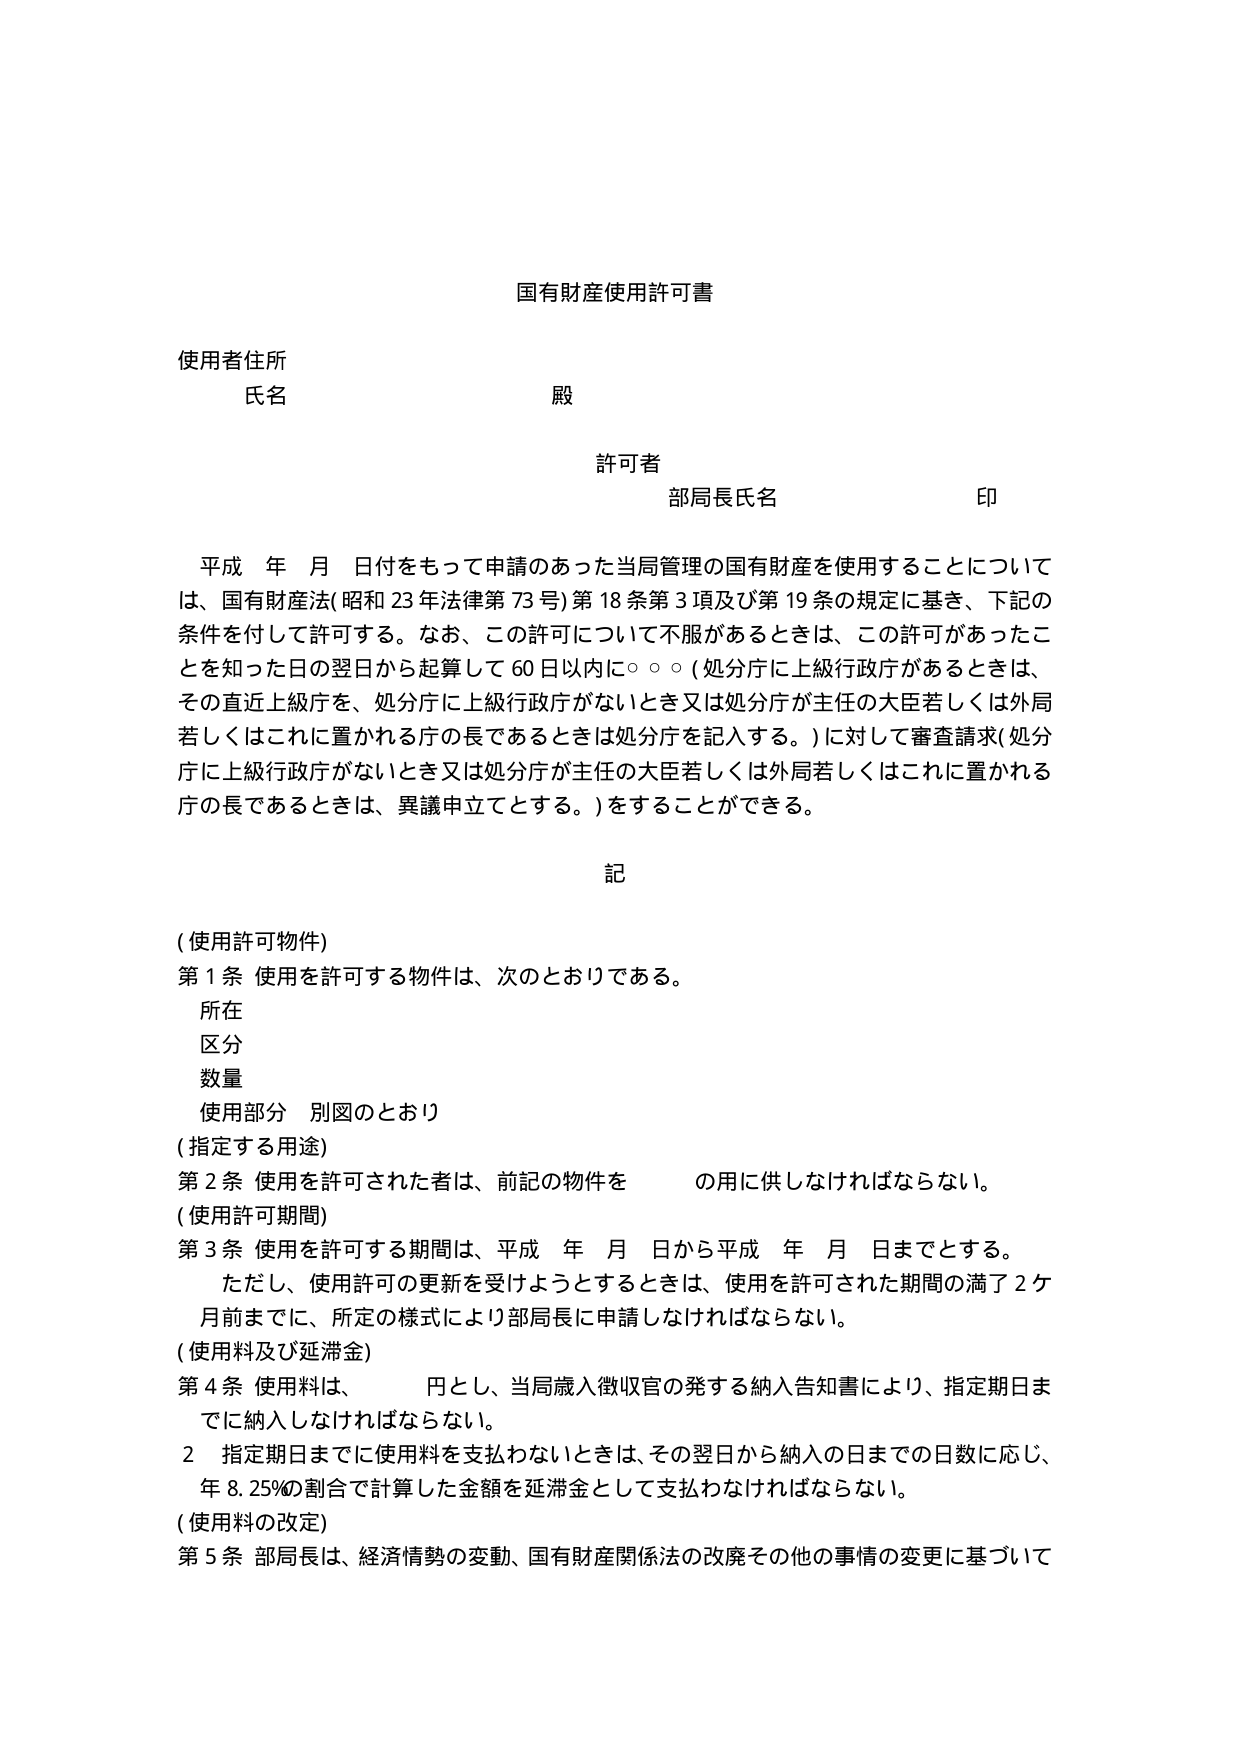
国有財産使用許可書

使用者住所
氏名　　　　　　　　　　　　　　　殿

許可者
部局長氏名　　　　　　　　　　　印

平成　年　月　日付をもって申請のあった当局管理の国有財産を使用することについて
は、国有財産法（昭和23年法律第73号）第18条第3項及び第19条の規定に基き、下記の
条件を付して許可する。なお、この許可について不服があるときは、この許可があったこ
とを知った日の翌日から起算して60日以内に○○○（処分庁に上級行政庁があるときは、
その直近上級庁を、処分庁に上級行政庁がないとき又は処分庁が主任の大臣若しくは外局
若しくはこれに置かれる庁の長であるときは処分庁を記入する。）に対して審査請求（処分
庁に上級行政庁がないとき又は処分庁が主任の大臣若しくは外局若しくはこれに置かれる
庁の長であるときは、異議申立てとする。）をすることができる。

記

（使用許可物件）
第1条 使用を許可する物件は、次のとおりである。
　所在
　区分
　数量
　使用部分　別図のとおり

（指定する用途）
第2条 使用を許可された者は、前記の物件を　　　　の用に供しなければならない。

（使用許可期間）
第3条 使用を許可する期間は、平成　年　月　日から平成　年　月　日までとする。
　　ただし、使用許可の更新を受けようとするときは、使用を許可された期間の満了2ケ
　　月前までに、所定の様式により部局長に申請しなければならない。

（使用料及び延滞金）
第4条 使用料は、　　　　円とし、当局歳入徴収官の発する納入告知書により、指定期日ま
　　でに納入しなければならない。
　　2　指定期日までに使用料を支払わないときは、その翌日から納入の日までの日数に応じ、
　　年8.25％の割合で計算した金額を延滞金として支払わなければならない。

（使用料の改定）
第5条 部局長は、経済情勢の変動、国有財産関係法の改廃その他の事情の変更に基づいて